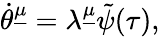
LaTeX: \dot{\theta}^{\underline{{\mu}}}=\lambda^{\underline{{\mu}}}\tilde{\psi}(\tau),